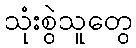
သုံးစွဲသူတွေ